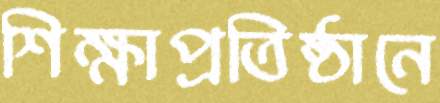
শিক্ষাপ্রতিষ্ঠানে